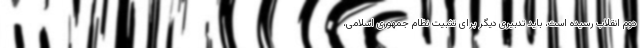
دوم انقلاب رسیده است، باید تدبیری دیگر برای تثبیت نظام جمهوری اسلامی،